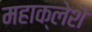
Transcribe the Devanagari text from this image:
महाक्लेशे